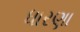
ધારણા